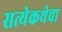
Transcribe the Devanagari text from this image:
सत्येकथेचा